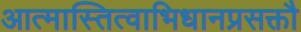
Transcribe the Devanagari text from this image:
आत्मास्तित्वाभिधानप्रसक्तौ